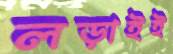
লড়াইই